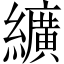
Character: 纊